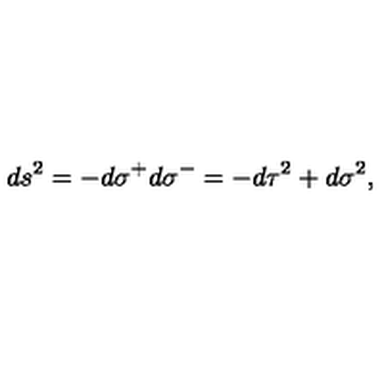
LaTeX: d s ^ { 2 } = - d \sigma ^ { + } d \sigma ^ { - } = - d \tau ^ { 2 } + d \sigma ^ { 2 } ,